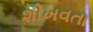
શીખવતા